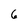
Character: 6